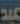
عبد